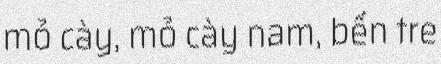
mỏ cày, mỏ cày nam, bến tre